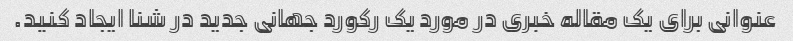
عنوانی برای یک مقاله خبری در مورد یک رکورد جهانی جدید در شنا ایجاد کنید.